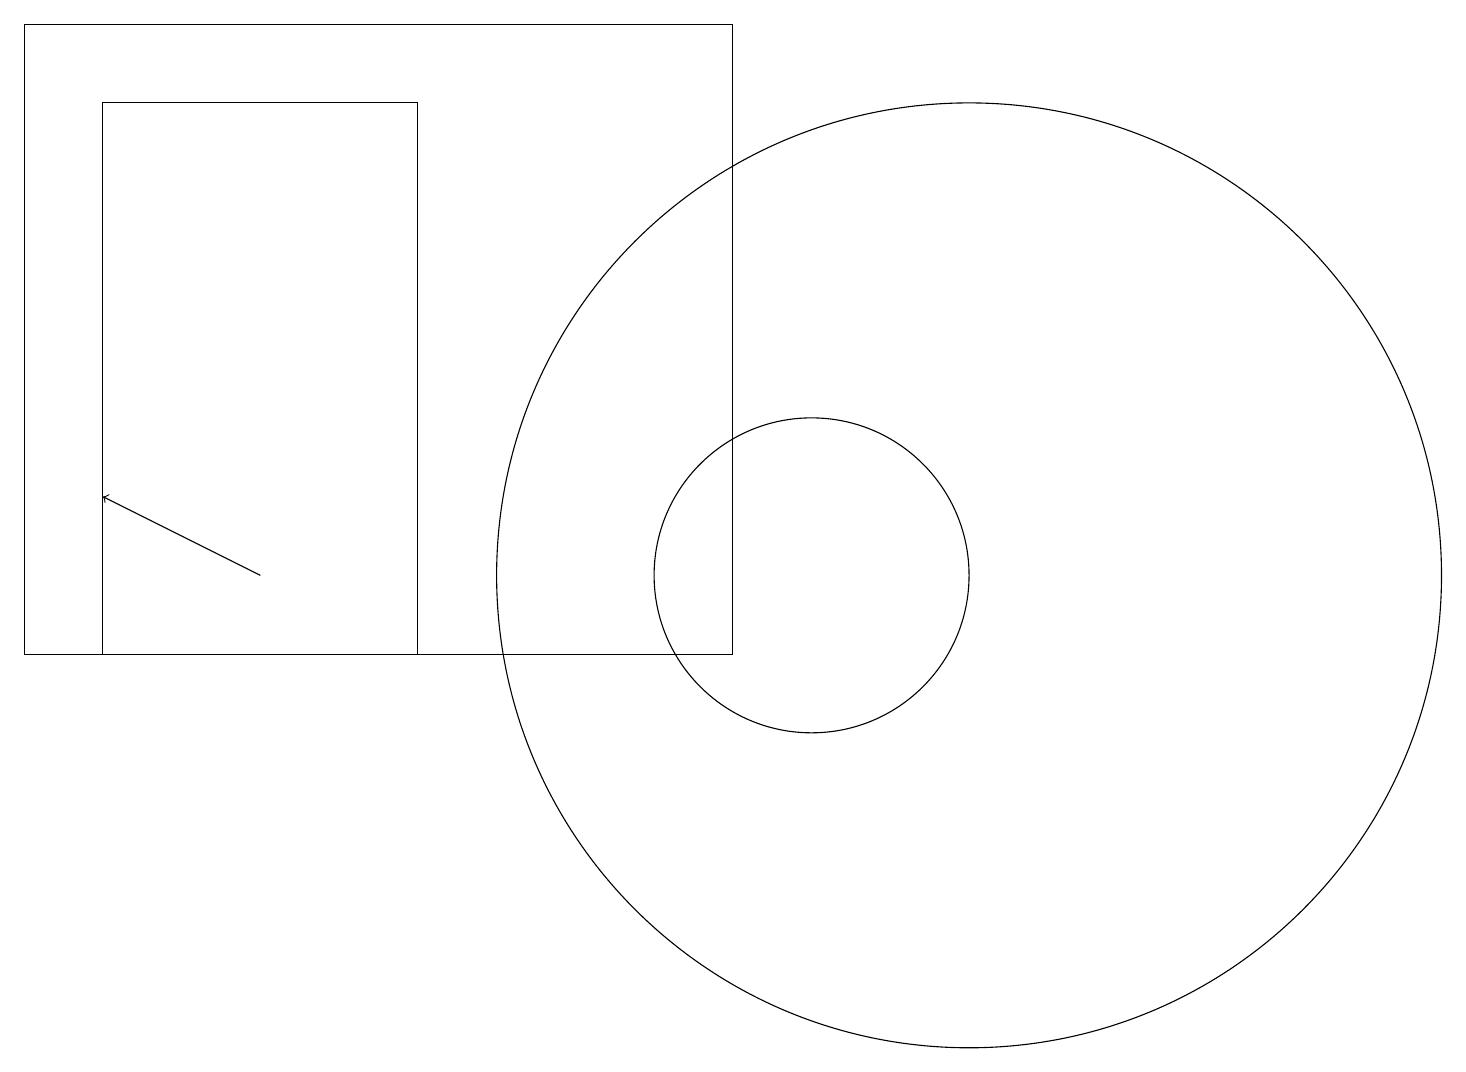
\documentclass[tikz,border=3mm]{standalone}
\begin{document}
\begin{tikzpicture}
\draw (0,10) rectangle (9,18);
\draw (5,17) rectangle (1,10);
\draw[->] (3,11) -- (1,12);
\draw (12,11) circle (6);
\draw (10,11) circle (2);
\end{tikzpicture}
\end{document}